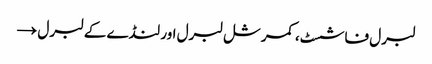
لبرل فاشسٹ، کمرشل لبرل اور لنڈے کے لبرل →